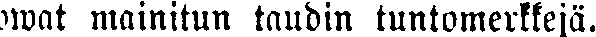
owat mainitun taudin tuntomerkkejä.